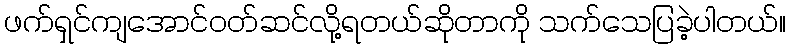
ဖက်ရှင်ကျအောင်ဝတ်ဆင်လို့ရတယ်ဆိုတာကို သက်သေပြခဲ့ပါတယ်။